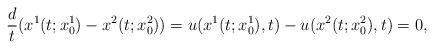
LaTeX: \begin{align*}\frac{d}{t}(x^1(t;x^1_0)-x^2(t;x^2_0))=u(x^1(t;x^1_0), t)-u(x^2(t;x^2_0), t)=0,\end{align*}